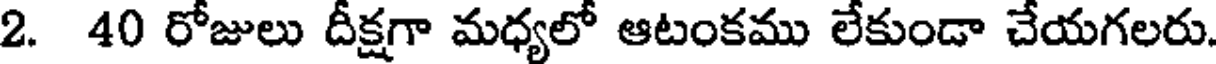
2. 40 రోజులు దీక్షగా మధ్యలో ఆటంకము లేకుండా చేయగలరు.